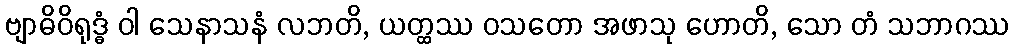
ဗျာဓိဝိရုဒ္ဓံ ဝါ သေနာသနံ လဘတိ, ယတ္ထဿ ဝသတော အဖာသု ဟောတိ, သော တံ သဘာဂဿ